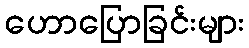
ဟောပြောခြင်းများ